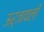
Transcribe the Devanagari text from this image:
ऊर्जावली